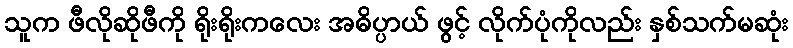
သူက ဖီလိုဆိုဖီကို ရိုးရိုးကလေး အဓိပ္ပာယ် ဖွင့် လိုက်ပုံကိုလည်း နှစ်သက်မဆုံး